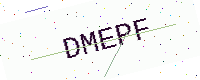
Text: DMEPF